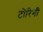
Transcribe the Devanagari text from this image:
टोरिनी